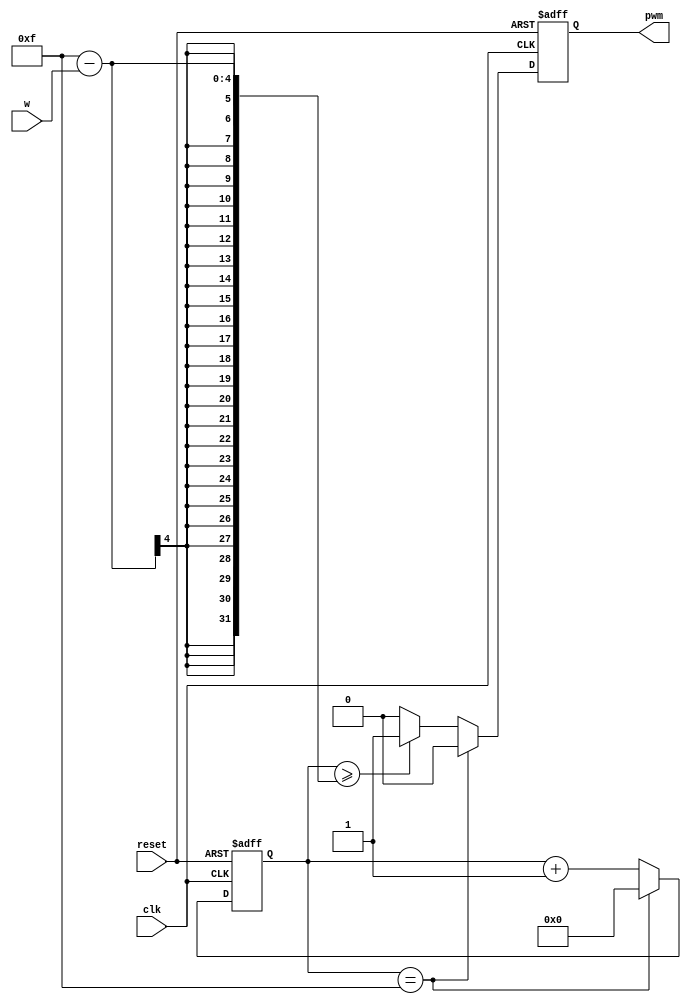
module pwm_4b(
    input clk,
    input reset,
    input [3:0] w,   //unsigned integer, duty cycle is w/16 for amount positive (1) of pulse
    output pwm       //output pwm signal, varying duty cycle dependent on w
    );
    
    reg  [3:0] count_reg;
    wire [3:0] count_next;
    
    reg  pwm_reg;
    wire pwm_next;
    
    //register
    always @(posedge clk, posedge reset)
    begin
        if(reset)
            begin
                count_reg = 0;
                pwm_reg = 0;
            end
        else
            begin
                count_reg <= count_next;
                pwm_reg <= pwm_next;
            end
    end
    
    //next state logic
    //if counter at max (15), reset to 0
    assign count_next = (count_reg == 15) ? 4'b0000 : count_reg + 1;
    
    //if pwm signal at max number for logic 1 output, set to 0
    assign pwm_next   = (count_reg == 15)      ? 1'b0 :  //if count at max, reset to 1
                        (count_reg >= 15 - w)  ? 1'b1 :  //if count greater or equal to w, update pwm signal to 0
                                                 1'b0;   //otherwise if less than w, update 1
    //output logic
    assign pwm = pwm_reg;
    
endmodule